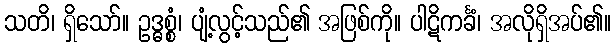
သတိ၊ ရှိသော်။ ဥဒ္ဓစ္စံ၊ ပျံ့လွင့်သည်၏ အဖြစ်ကို။ ပါဋိကင်္ခံ၊ အလိုရှိအပ်၏။